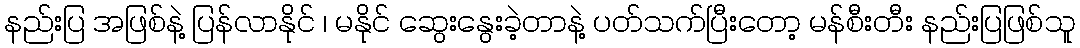
နည်းပြ အဖြစ်နဲ့ ပြန်လာနိုင် ၊ မနိုင် ဆွေးနွေးခဲ့တာနဲ့ ပတ်သက်ပြီးတော့ မန်စီးတီး နည်းပြဖြစ်သူ